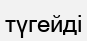
түгейді